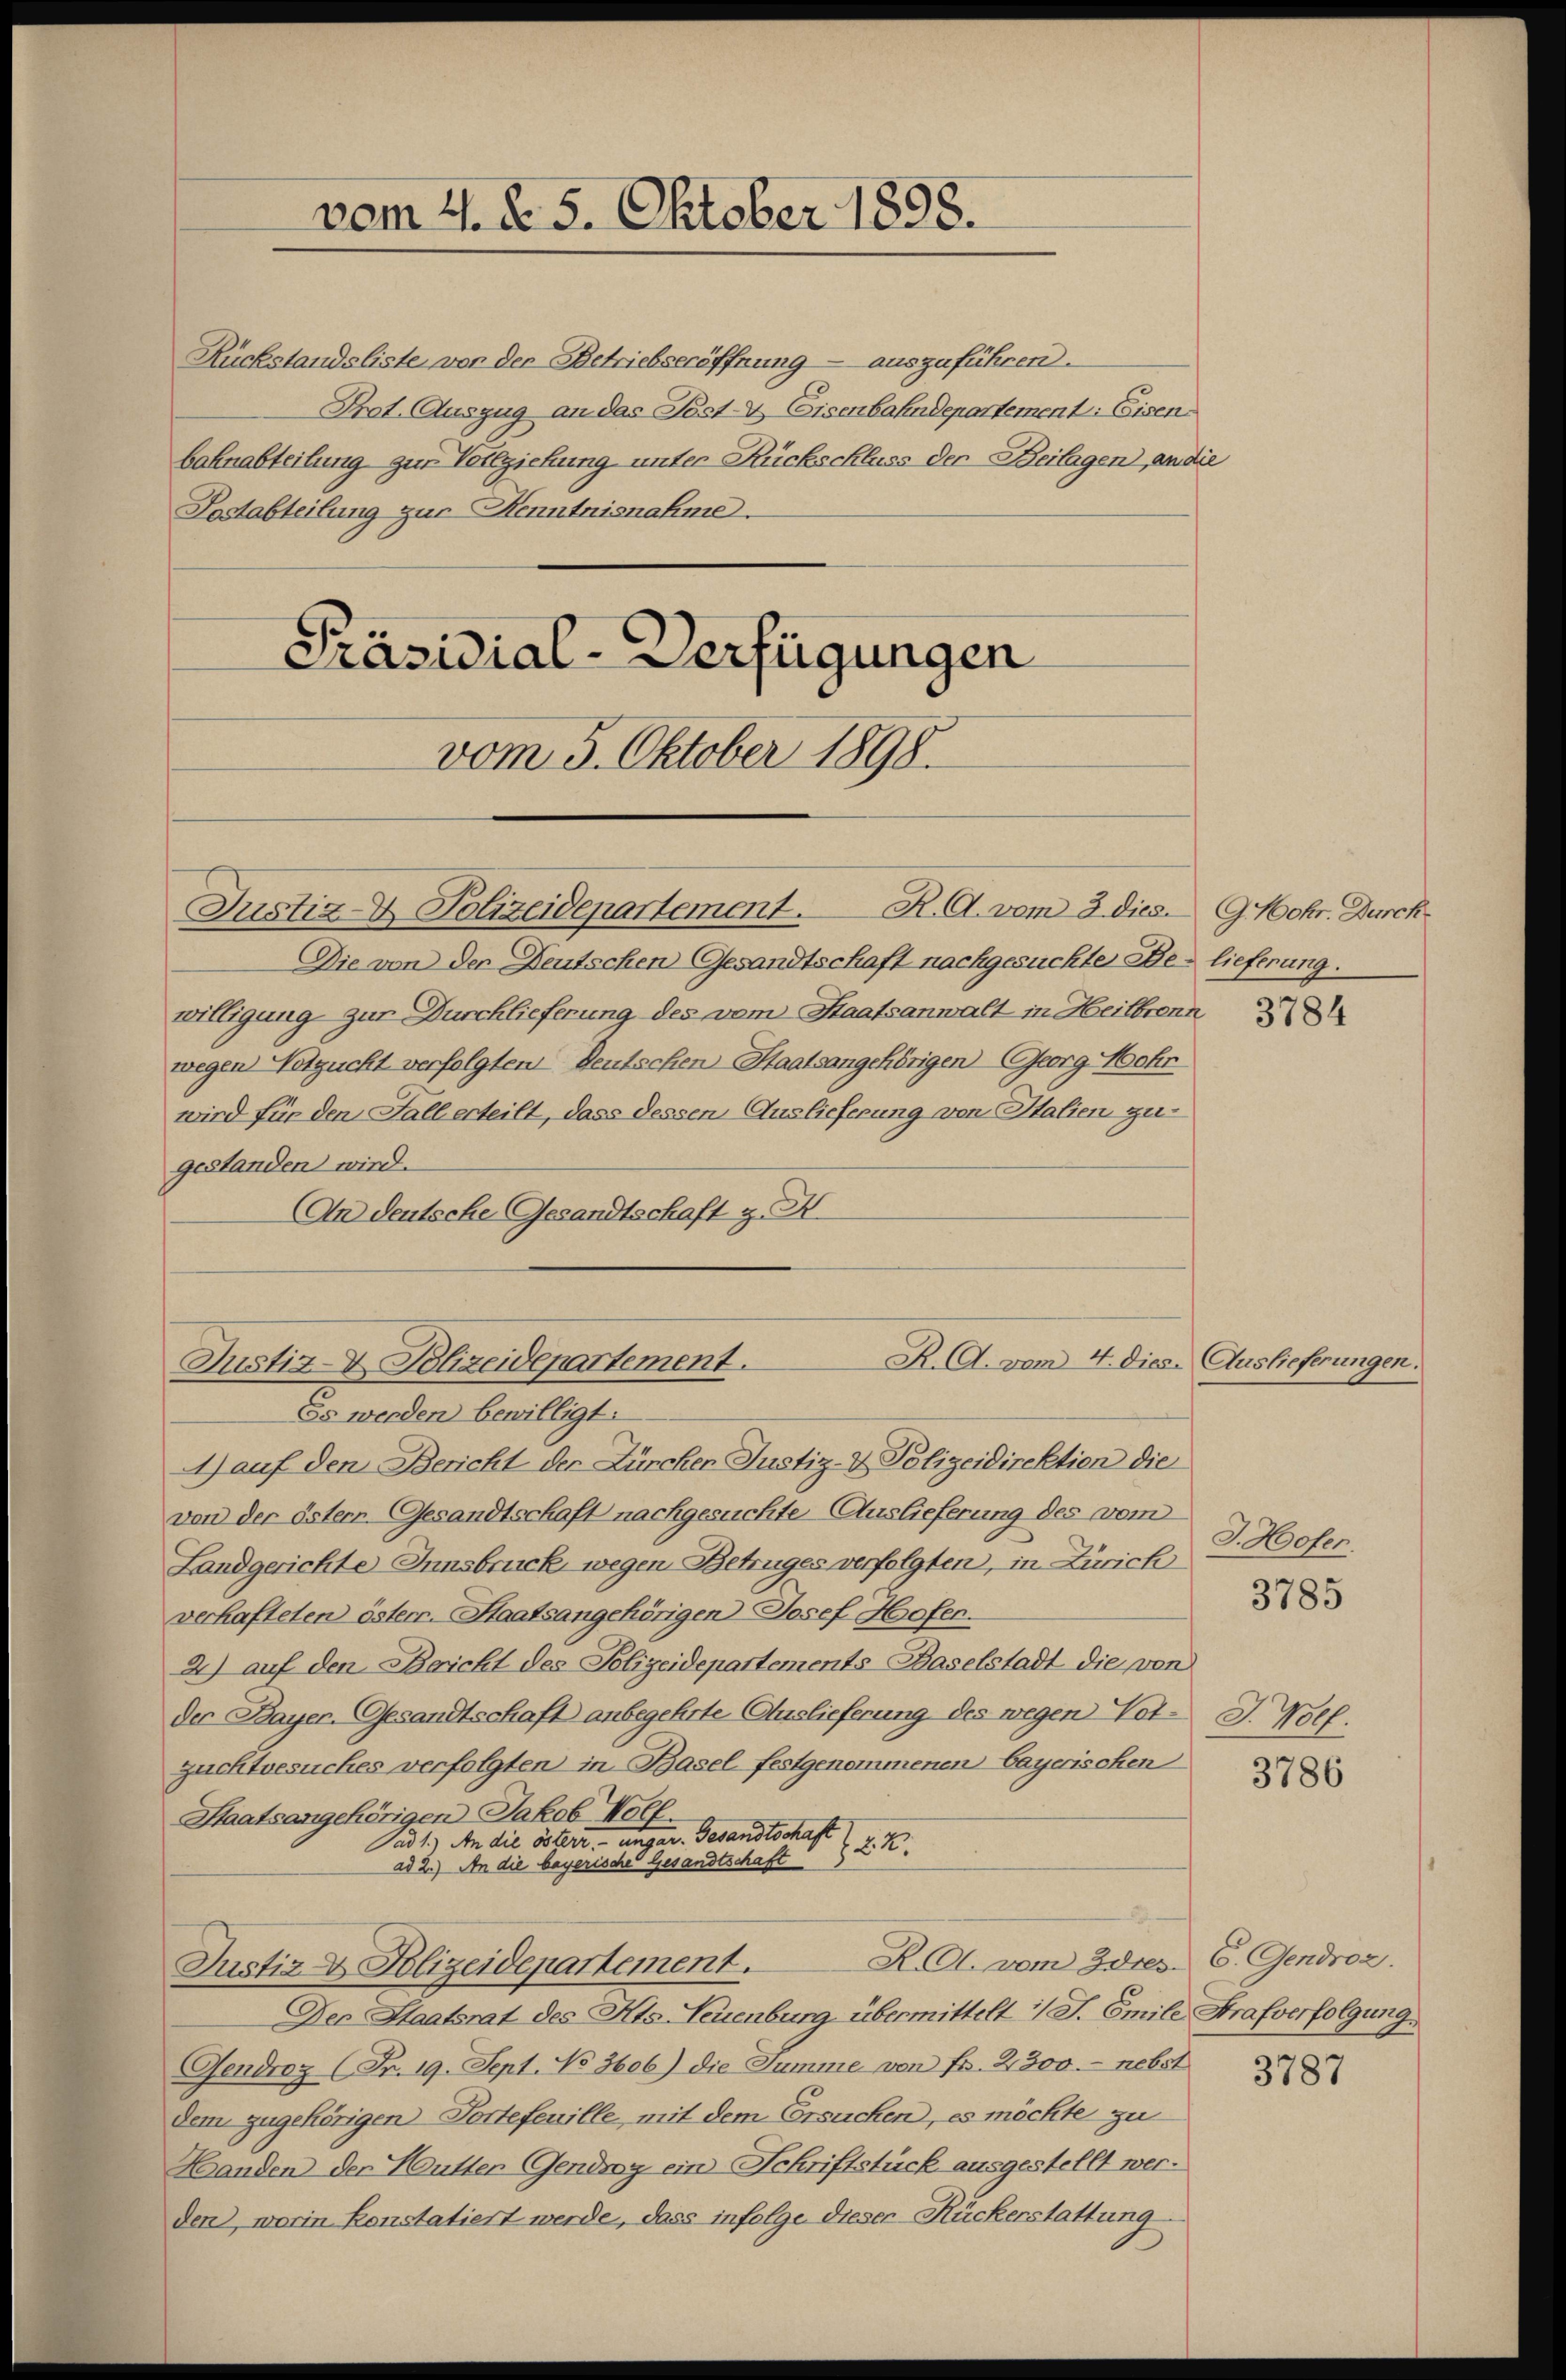
Postabteilung zur Kenntnisnahme.
Präsidial-Verfügungen
vom 5. Oktober 1898.

vom 4. §. 5. Oktober 1898.

Rückstandsliste vor der Betriebseröffnung - auszuführen.
Prot. Auszug an das Post- & Eisenbahndepartement: Eisen
bahnabteilung zur Vollziehung unter Rückschluss der Beilagen, an die

Justiz- & Polizeidepartement. R. G. vom 3. dies. 9 Mohr. Durck
Die von der Deutschen Gesandtschaft nachgesuchte Belieferung.
willigung zur Durchlieferung des vom Staatsanwalt in Heilbronn
wegen Votzucht verfolgten Deutschen Staatsangehörigen Georg Mohr
wird für den Fall erteilt, dass dessen Auslieferung von Italien gegestanden wird.
An deutsche Gesandtschaft z.

K. A. vom 4. dies. Auslieferungen.
Justiz- & Polizeidepartement.
Es werden bewilligt.

A) auf den Bericht der Zürcher Justiz- & Polizeidirektion die
von der östern. Gesandtschaft nachgesuchte Auslieferung des vom
Landgerichte Innsbruck, wegen Betruges verfolgten, in Zürich
verhafteten österr. Staatsangehörigen Josef Hofen.
2) auf den Bericht des Polizeidepartements-Baselstadt die von
der Bayer. Gesandtschaft anbegehrte Auslieferung des wegen Vot- J. Wolf.
zuchtbesuches verfolgten in Basel festgenommenen bayerischen
Staatsangehörigen Jakob Woll
Dad 1.) An die österr. ungar. Gesandtschaft
2.2.
ad 2.) An die bayerische Gesandtschaft
R.C. vom Idtes. 6. Gendroz.
Justiz & Polizeidepartement.
Der Staatsrat des Kts. Neuenburg übermittelt 1 S. Emile Strafverfolgung.
Gendroz (Fr. 19. Sept. No. 3606) die Summe von fr. 2300.- nebst
Dem zugehörigen Tortefeuille, mit dem Ersuchen, es möchte zu
Handen der Butter Gendig ein Schriftstück ausgestellt werden), worin konstatiert werde, dass infolge dieser Rückerstattung

3784

J. Hofer.

3785

3786

3787